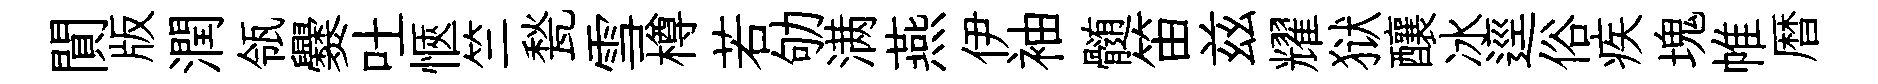
閴版潤瓴爨吐愜竺甃雪樽若劬满燕伊袖髄笛兹耀狱釀冰逕俗疾塊帷暦